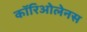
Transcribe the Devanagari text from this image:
कॉरिओलेनस